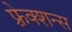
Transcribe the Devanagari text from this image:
फ़्रेक्शन्स